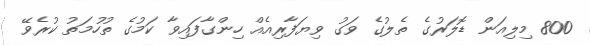
800 މިލިއަން ޑޮލަރުގެ ތެލުގެ ވަގު ވިޔަފާރިއެއް ހިންގާފައިވާ ކަމުގެ ތުހުމަތު ކުރެވޭ